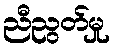
ညီညွတ်မှု